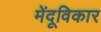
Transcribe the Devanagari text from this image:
मेंदूविकार